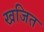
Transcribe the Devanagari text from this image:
खजित